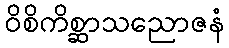
ဝိစိကိစ္ဆာသညောဇနံ